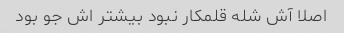
اصلا آش شله قلمکار نبود بیشتر اش جو بود